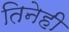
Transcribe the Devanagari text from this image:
तिनेही